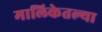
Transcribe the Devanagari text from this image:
मालिकेतल्या